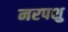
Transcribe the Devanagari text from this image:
नरपशु